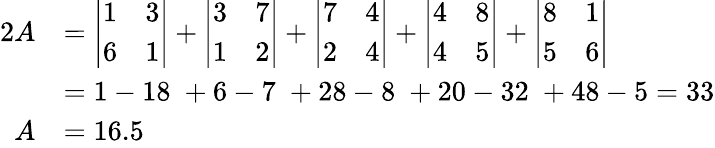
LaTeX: {\begin{array}{rl}{2A}&{={\left|\begin{array}{ll}{1}&{3}\\ {6}&{1}\end{array}\right|}+{\left|\begin{array}{ll}{3}&{7}\\ {1}&{2}\end{array}\right|}+{\left|\begin{array}{ll}{7}&{4}\\ {2}&{4}\end{array}\right|}+{\left|\begin{array}{ll}{4}&{8}\\ {4}&{5}\end{array}\right|}+{\left|\begin{array}{ll}{8}&{1}\\ {5}&{6}\end{array}\right|}}\\ &{=1-18\; +6-7\; +28-8\; +20-32\; +48-5=33}\\ {A}&{=16.5}\end{array}}